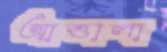
আত্তালা